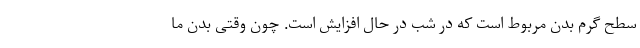
سطح گرم بدن مربوط است که در شب در حال افزایش است. چون وقتی بدن ما